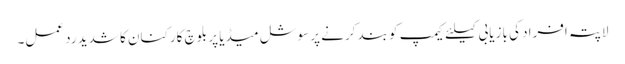
لاپتہ افراد کی بازیابی کیلئے کیمپ کو بند کرنے پر سوشل میڈیا پر بلوچ کارکنان کا شدید رد عمل۔